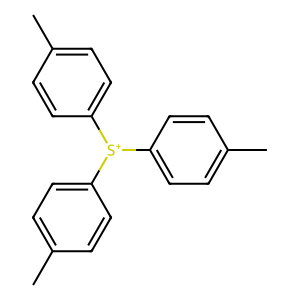
SMILES: Cc1ccc([S+](c2ccc(C)cc2)c2ccc(C)cc2)cc1
Inhibits HIV replication: No